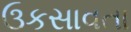
ઉકસાવતા